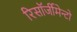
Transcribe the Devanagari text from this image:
रिसॉर्जीमेन्टो